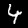
Label: 4